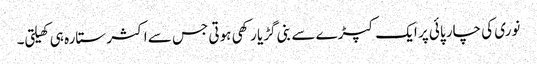
نوری کی چار پائی پر ایک کپڑے سے بنی گڑیا رکھی ہوتی جس سے اکثر ستارہ ہی کھیلتی۔